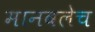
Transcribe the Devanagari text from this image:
मानवलेच